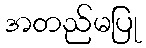
အတည်မပြု